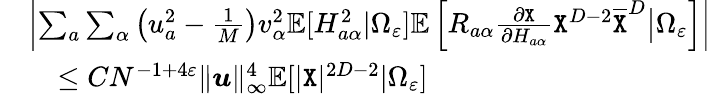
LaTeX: \begin{array}{rl}&{\left|\sum_{a}\sum_{\alpha}\left(u_{a}^{2}-\frac 1{M}\right)v_{\alpha}^{2}\mathbb{E}[H_{a\alpha}^{2}|\Omega_{\varepsilon}]\mathbb{E}\left[R_{a\alpha}\frac{\partial{\texttt X}}{\partial H_{a\alpha}}{\texttt X}^{D-2}\overline{{{\texttt X}}}^{D}\big|\Omega_{\varepsilon}\right]\right|}\\ &{~~~\leq CN^{-1+4\varepsilon}\| {\boldsymbol u}\| _{\infty}^{4}\mathbb{E}[|{\texttt X}|^{2D-2}|\Omega_{\varepsilon}]}\end{array}